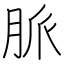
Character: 脈